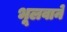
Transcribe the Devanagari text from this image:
भूलवाने